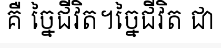
គឺ ច្នៃជីវិត។ច្នៃជីវិត ជា